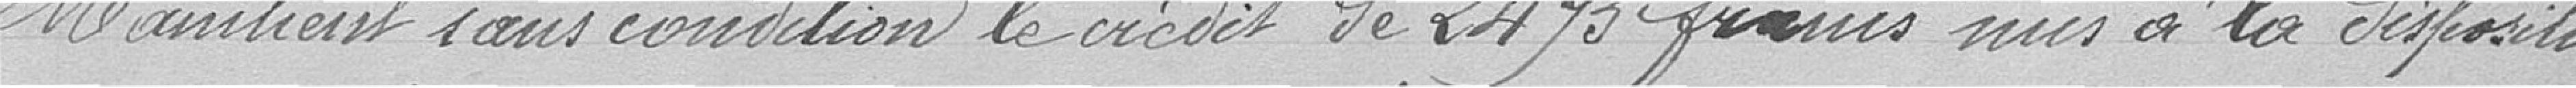
Maintien sans condition le crédit de 2.475 francs mis à la disposition